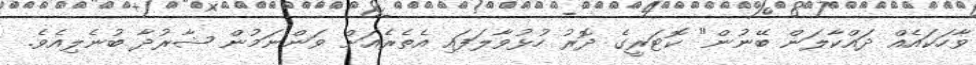
ވާހަކައެއް ދައްކާލަން ބޭނުން" ކޮޓަރީގެ ދޮރު ހުޅުވާލަފައި އެތެރެއަށް ވަންނަމުން ޝާރުދާ ބުނެލިއެވެ.